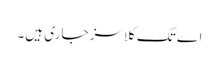
اے تک کلاسز جاری ہیں۔